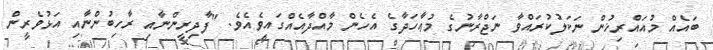
ބައެއް މުއައްރިޚުން ނަކަލުކުރައްވާ ނަޖްރާނުގެ މުޢާހަދާގެ އެހެން މާއްދާއެއްގައިވެއެވެ. "ފާދިރީންނާއި ރާހިބުންނާއި އަޅުވެރީން